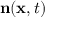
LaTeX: \mathbf { n } ( \mathbf { x } , t )